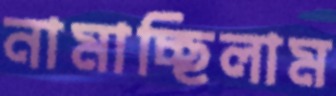
নামাচ্ছিলাম